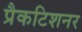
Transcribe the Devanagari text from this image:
प्रैकटिशनर